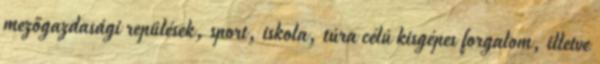
mezőgazdasági repülések, sport, iskola, túra célú kisgépes forgalom, illetve